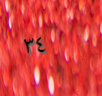
٣٤